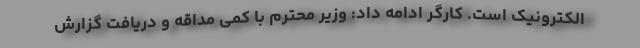
الکترونیک است. کارگر ادامه داد: وزیر محترم با کمی مداقه و دریافت گزارش